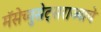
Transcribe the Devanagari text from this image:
मॅसेच्युसेट्सराज्याचे